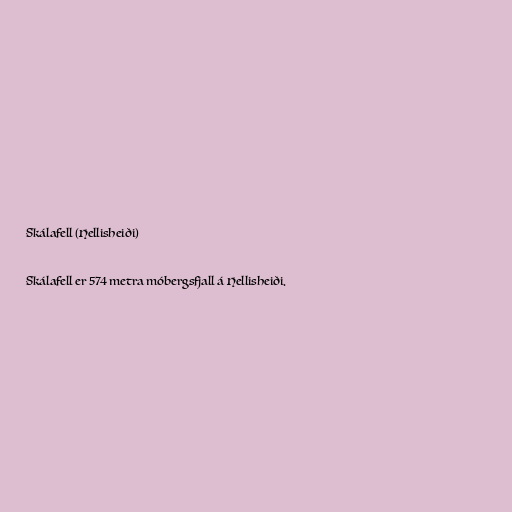
Skálafell (Hellisheiði)

Skálafell er 574 metra móbergsfjall á Hellisheiði.